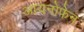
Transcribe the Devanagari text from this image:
आयनोफेन